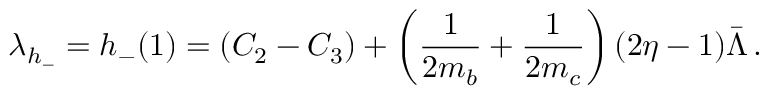
\lambda _ { h _ { - } } = h _ { - } ( 1 ) = ( C _ { 2 } - C _ { 3 } ) + \left( \frac { 1 } { 2 m _ { b } } + \frac { 1 } { 2 m _ { c } } \right) ( 2 \eta - 1 ) \bar { \Lambda } \, .